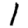
Digit: 1